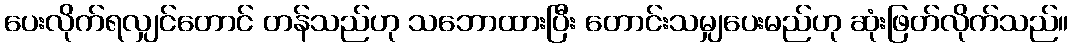
ပေးလိုက်ရလျှင်တောင် တန်သည်ဟု သဘောထားပြီး တောင်းသမျှပေးမည်ဟု ဆုံးဖြတ်လိုက်သည်။